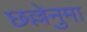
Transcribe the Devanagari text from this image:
छल्लेनुमा